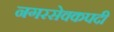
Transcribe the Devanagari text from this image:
नगरसेवकपदी